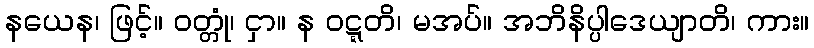
နယေန၊ ဖြင့်။ ဝတ္တုံ၊ ငှာ။ န ဝဋ္ဋတိ၊ မအပ်။ အဘိနိပ္ပါဒေယျာတိ၊ ကား။